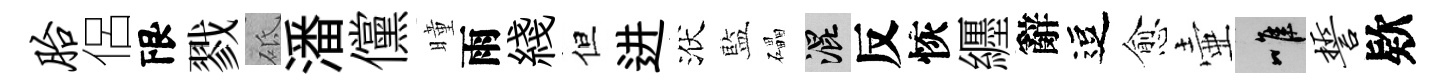
胎侶限戮砥潘儻曈雨綫但进洑藍礧混反恢纒辭逗愈壷唯誓欵